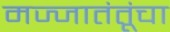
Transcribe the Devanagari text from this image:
मज्जातंतूंचा